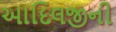
આદિલજીની